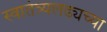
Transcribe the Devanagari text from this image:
स्वातंत्र्यलढ्यच्या